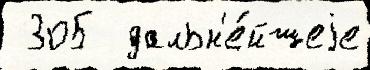
 305  дальн'е́йшеjе